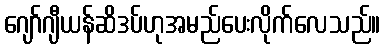
ဂျော်ဂျီယန်ဆိဒပ်ဟုအမည်ပေးလိုက်လေသည်။